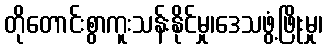
တိုတောင်းစွာကူးသန်းနိုင်မှု၊ဒေသဖွံ့ဖြိုးမှု၊